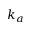
k _ { a }